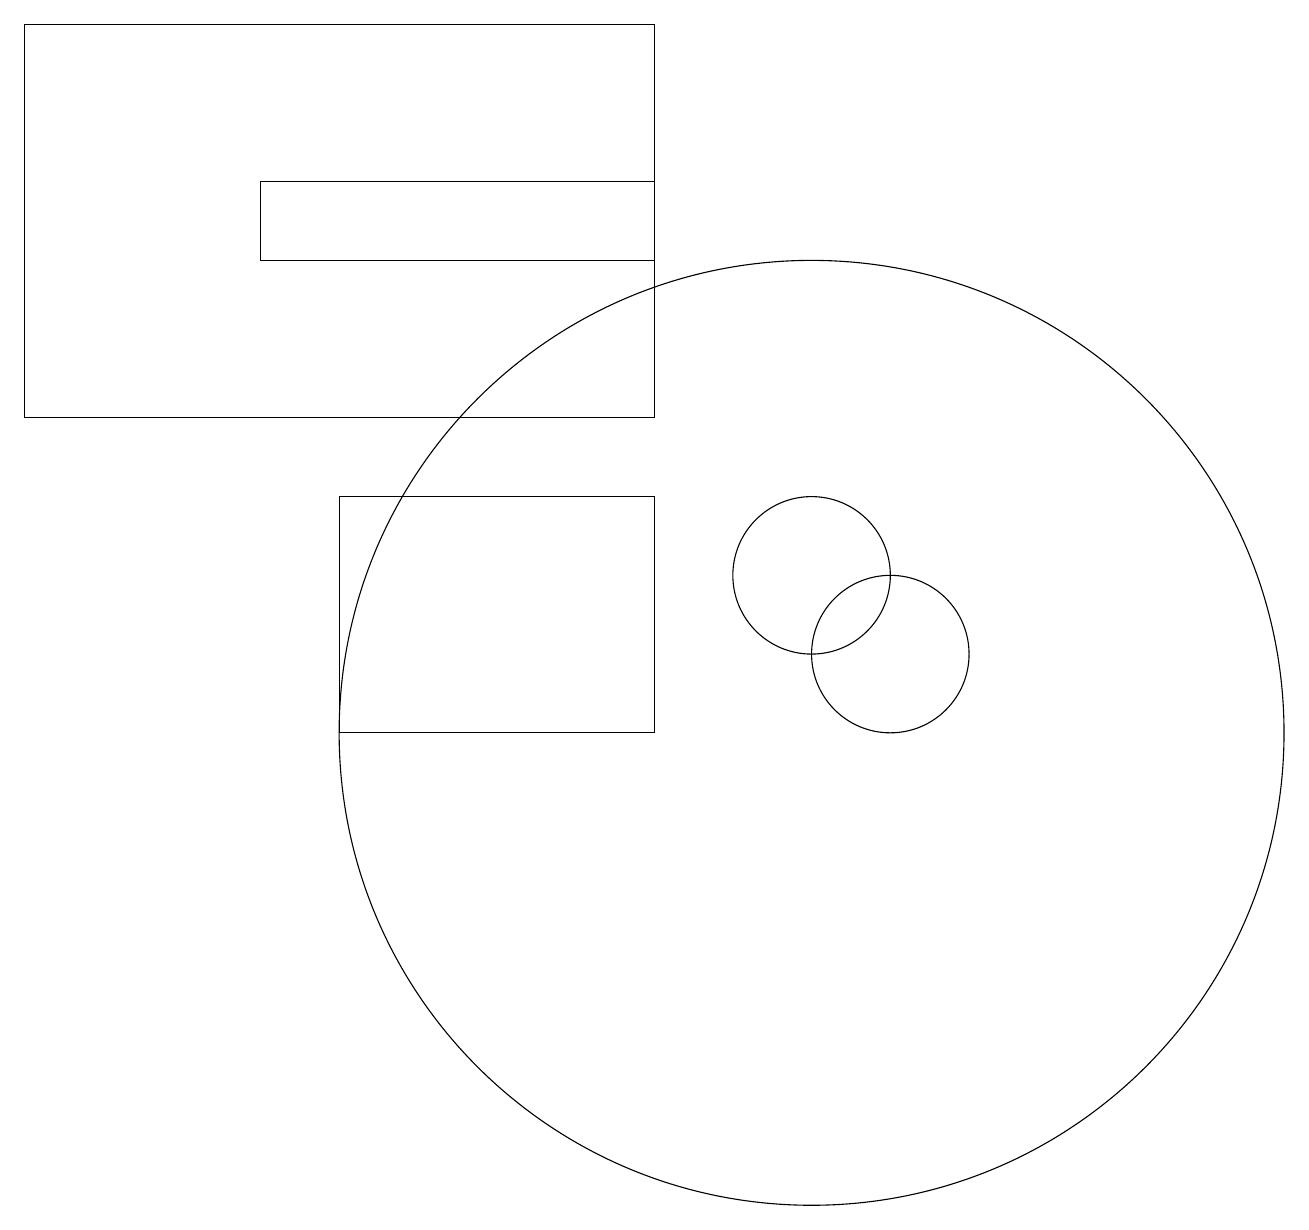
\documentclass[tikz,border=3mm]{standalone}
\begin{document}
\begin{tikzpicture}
\draw (10,10) circle (6);
\draw (8,13) rectangle (4,10);
\draw (11,11) circle (1);
\draw (10,12) circle (1);
\draw (11,11) circle (0);
\draw (3,17) rectangle (8,16);
\draw (8,19) rectangle (0,14);
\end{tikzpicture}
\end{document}